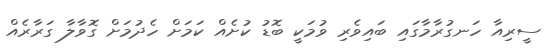
ސީރިއާ ހަނގުރާމާގައި ބައިވެރި ވުމަކީ ބޮޑު ކުށެއް ކަމަށް ހެދުމަށް ގޮވާލާ ގަރާރެއް